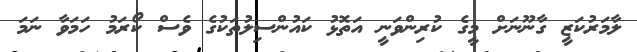
ލާމަރުކަޒީ ގާނޫނަށް މީގެ ކުރިންވަނީ އަތޮޅު ކައުންސިލުތަކުގެ ވެސް ކޯރަމު ހަމަވާ ނަމަ